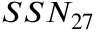
S S N _ { 2 7 }